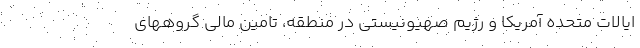
ایالات متحده آمریکا و رژیم صهیونیستی در منطقه، تامین مالی گروههای